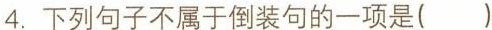
4.下列句子不属于倒装句的一项是( )